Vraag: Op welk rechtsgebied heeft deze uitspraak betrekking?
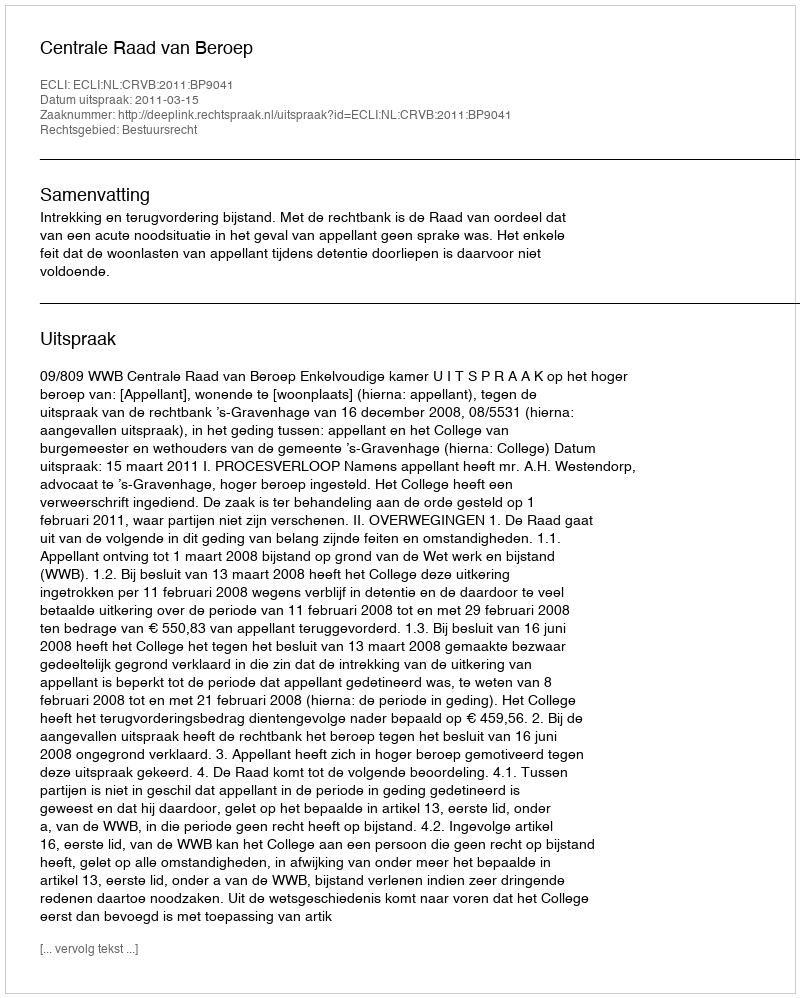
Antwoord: Bestuursrecht